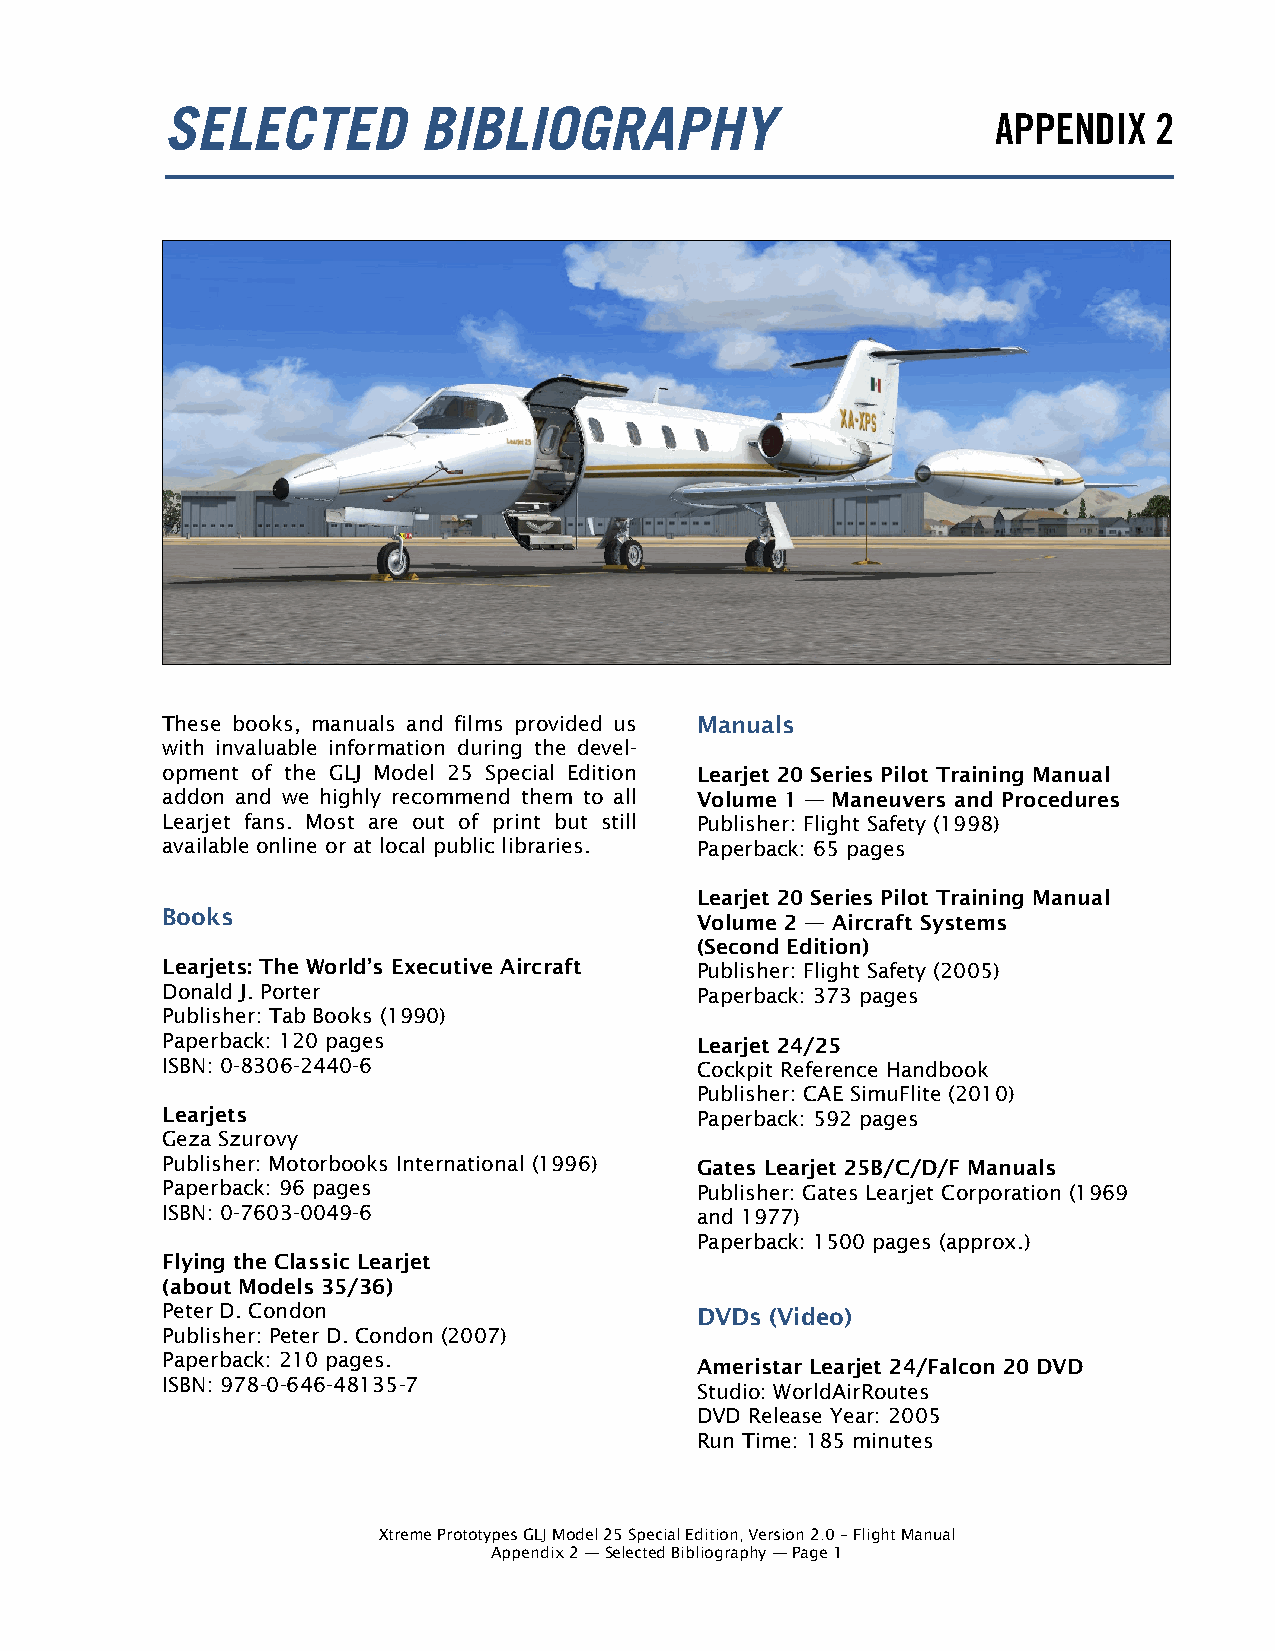
These books, manuals and films provided us Manuals
 with invaluable information during the devel-
 opment of the GLJ Model 25 Special Edition Learjet 20 Series Pilot Training Manual
 addon and we highly recommend them to all Volume 1 — Maneuvers and Procedures
 Learjet fans. Most are out of print but still Publisher: Flight Safety (1998)
 available online or at local public libraries. Paperback: 65 pages
 Learjet 20 Series Pilot Training Manual
 Books
 Volume 2 — Aircraft Systems
 (Second Edition)
 Learjets: The World’s Executive Aircraft Publisher: Flight Safety (2005)
 Donald J. Porter                   Paperback: 373 pages
 Publisher: Tab Books (1990)
 Paperback: 120 pages               Learjet 24/25
 ISBN: 0-8306-2440-6                Cockpit Reference Handbook
 Publisher: CAE SimuFlite (2010)
 Learjets                           Paperback: 592 pages
 Geza Szurovy
 Publisher: Motorbooks International (1996) Gates Learjet 25B/C/D/F Manuals
 Paperback: 96 pages                Publisher: Gates Learjet Corporation (1969
 ISBN: 0-7603-0049-6                and 1977)
 Paperback: 1500 pages (approx.)
 Flying the Classic Learjet
 (about Models 35/36)
 Peter D. Condon                    DVDs (Video)
 Publisher: Peter D. Condon (2007)
 Paperback: 210 pages.
 Ameristar Learjet 24/Falcon 20 DVD
 ISBN: 978-0-646-48135-7
 Studio: WorldAirRoutes
 DVD Release Year: 2005
 Run Time: 185 minutes
 Xtreme Prototypes GLJ Model 25 Special Edition, Version 2.0 – Flight Manual
 Appendix 2 — Selected Bibliography — Page 1